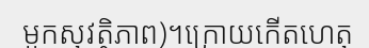
មួកសុវត្ថិភាព)។ក្រោយកើតហេតុ